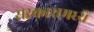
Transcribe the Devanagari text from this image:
सरकारामध्ये